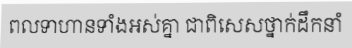
ពលទាហានទាំងអស់គ្នា ជាពិសេសថ្នាក់ដឹកនាំ